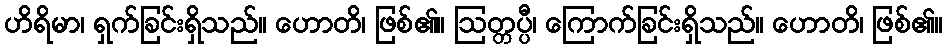
ဟိရိမာ၊ ရှက်ခြင်းရှိသည်။ ဟောတိ၊ ဖြစ်၏။ ဩတ္တပ္ပီ၊ ကြောက်ခြင်းရှိသည်။ ဟောတိ၊ ဖြစ်၏။